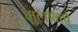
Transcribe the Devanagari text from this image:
मुलांनचे